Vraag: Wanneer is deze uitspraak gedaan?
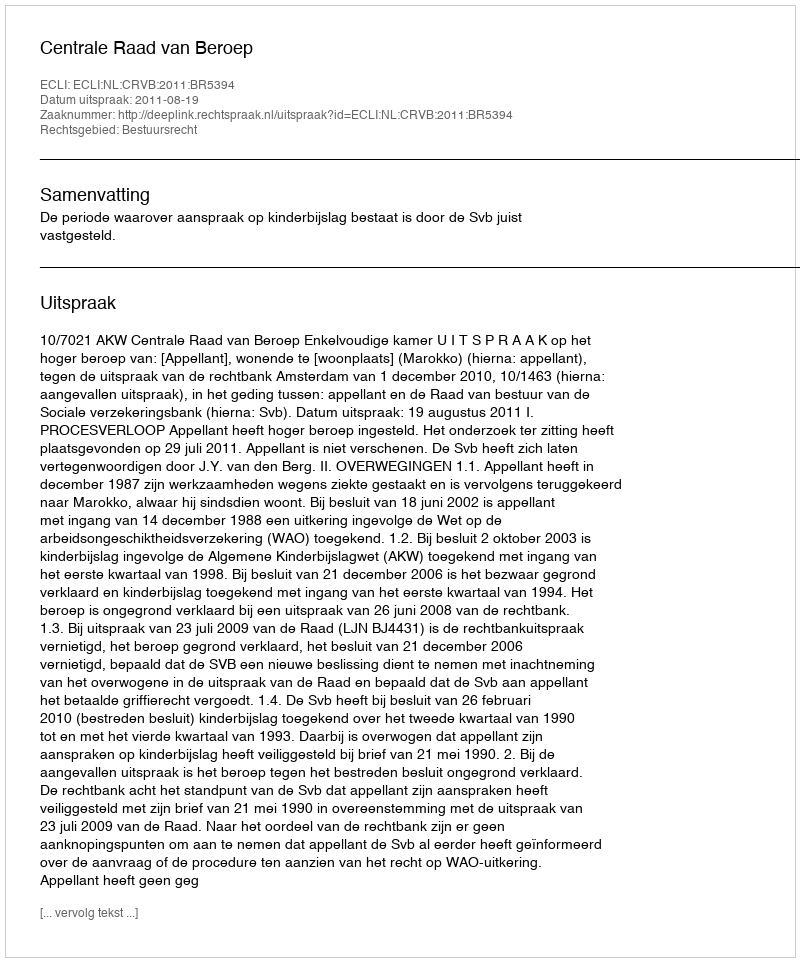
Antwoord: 2011-08-19